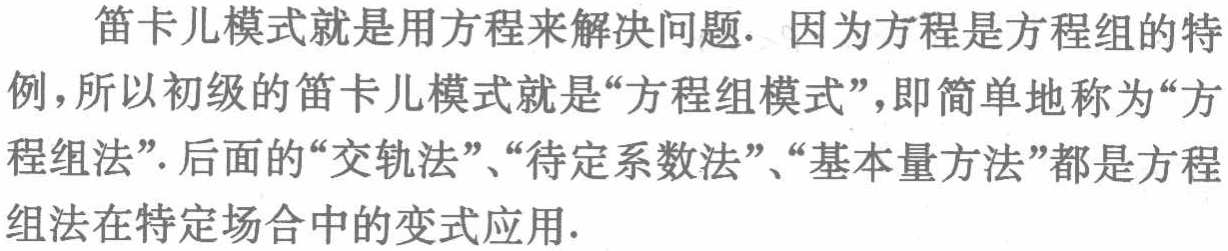
笛卡儿模式就是用方程来解决问题. 因为方程是方程组的特例，所以初级的笛卡儿模式就是“方程组模式”，即简单地称为“方程组法”. 后面的“交轨法”、“待定系数法”、“基本量方法”都是方程组法在特定场合中的变式应用.